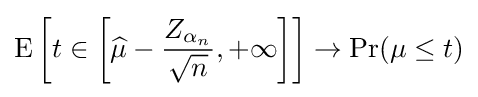
\operatorname {E} \left[t\in \left[{\widehat {\mu }}-{\frac {Z_{\alpha _{n}}}{\sqrt {n}}},+\infty \right]\right]\rightarrow \Pr(\mu \leq t)